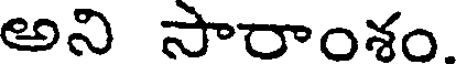
అని సారాంశం.